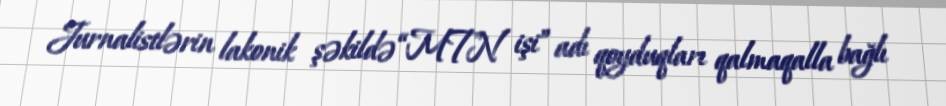
Jurnalistlərin lakonik şəkildə “MTN işi” adı qoyduqları qalmaqalla bağlı